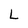
Character: L